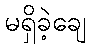
မရှိခဲ့ချေ